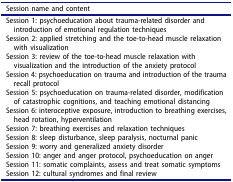
| Session name and content |
 | --- |
 | Session 1: psychoeducation about trauma-related disorder and introduction of emotional regulation techniques |
 | Session 2: applied stretching and the toe-to-head muscle relaxation with visualization |
 | Session 3: review of the toe-to-head muscle relaxation with visualization and the introduction of the anxiety protocol |
 | Session 4: psychoeducation on trauma and introduction of the trauma recall protocol |
 | Session 5: psychoeducation on trauma-related disorder, modification of catastrophic cognitions, and teaching emotional distancing |
 | Session 6: interoceptive exposure, introduction to breathing exercises, head rotation, hyperventilation |
 | Session 7: breathing exercises and relaxation techniques |
 | Session 8: sleep disturbance, sleep paralysis, nocturnal panic |
 | Session 9: worry and generalized anxiety disorder |
 | Session 10: anger and anger protocol, psychoeducation on anger |
 | Session 11: somatic complaints, assess and treat somatic symptoms |
 | Session 12: cultural syndromes and final review |